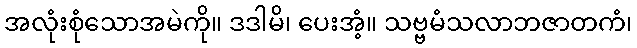
အလုံးစုံသောအမဲကို။ ဒဒါမိ၊ ပေးအံ့။ သဗ္ဗမံသလာဘဇာတကံ၊